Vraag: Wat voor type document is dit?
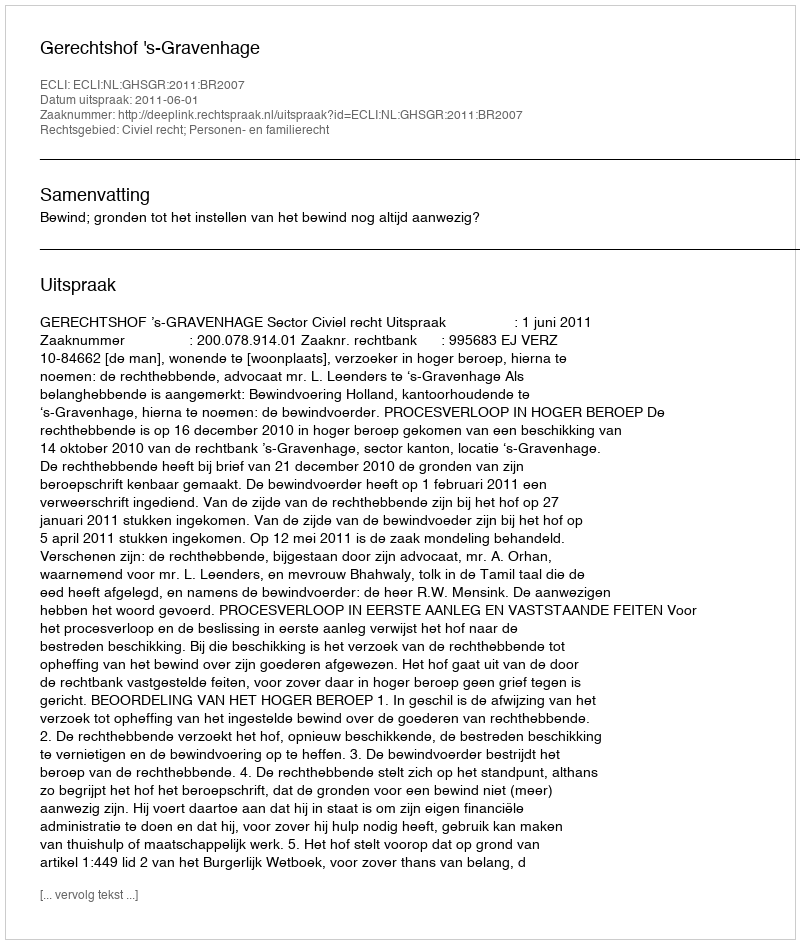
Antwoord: Uitspraak